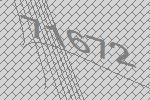
71672